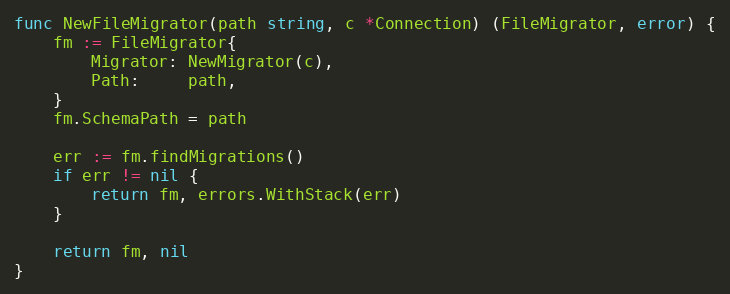
Language: Go
func NewFileMigrator(path string, c *Connection) (FileMigrator, error) {
	fm := FileMigrator{
		Migrator: NewMigrator(c),
		Path:     path,
	}
	fm.SchemaPath = path

	err := fm.findMigrations()
	if err != nil {
		return fm, errors.WithStack(err)
	}

	return fm, nil
}